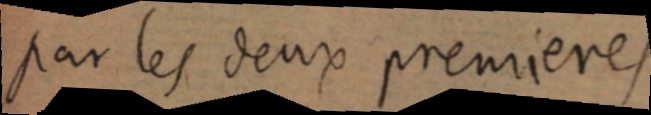
par les deux premieres